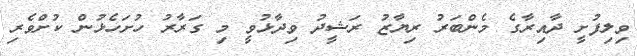
ވިލިފުށީ ދާއިރާގެ މެންބަރު ރިޔާޒު ރަޝީދު ވިދާޅުވީ މި ގަރާރު ހުށަހެޅުން ކުށްވެރި